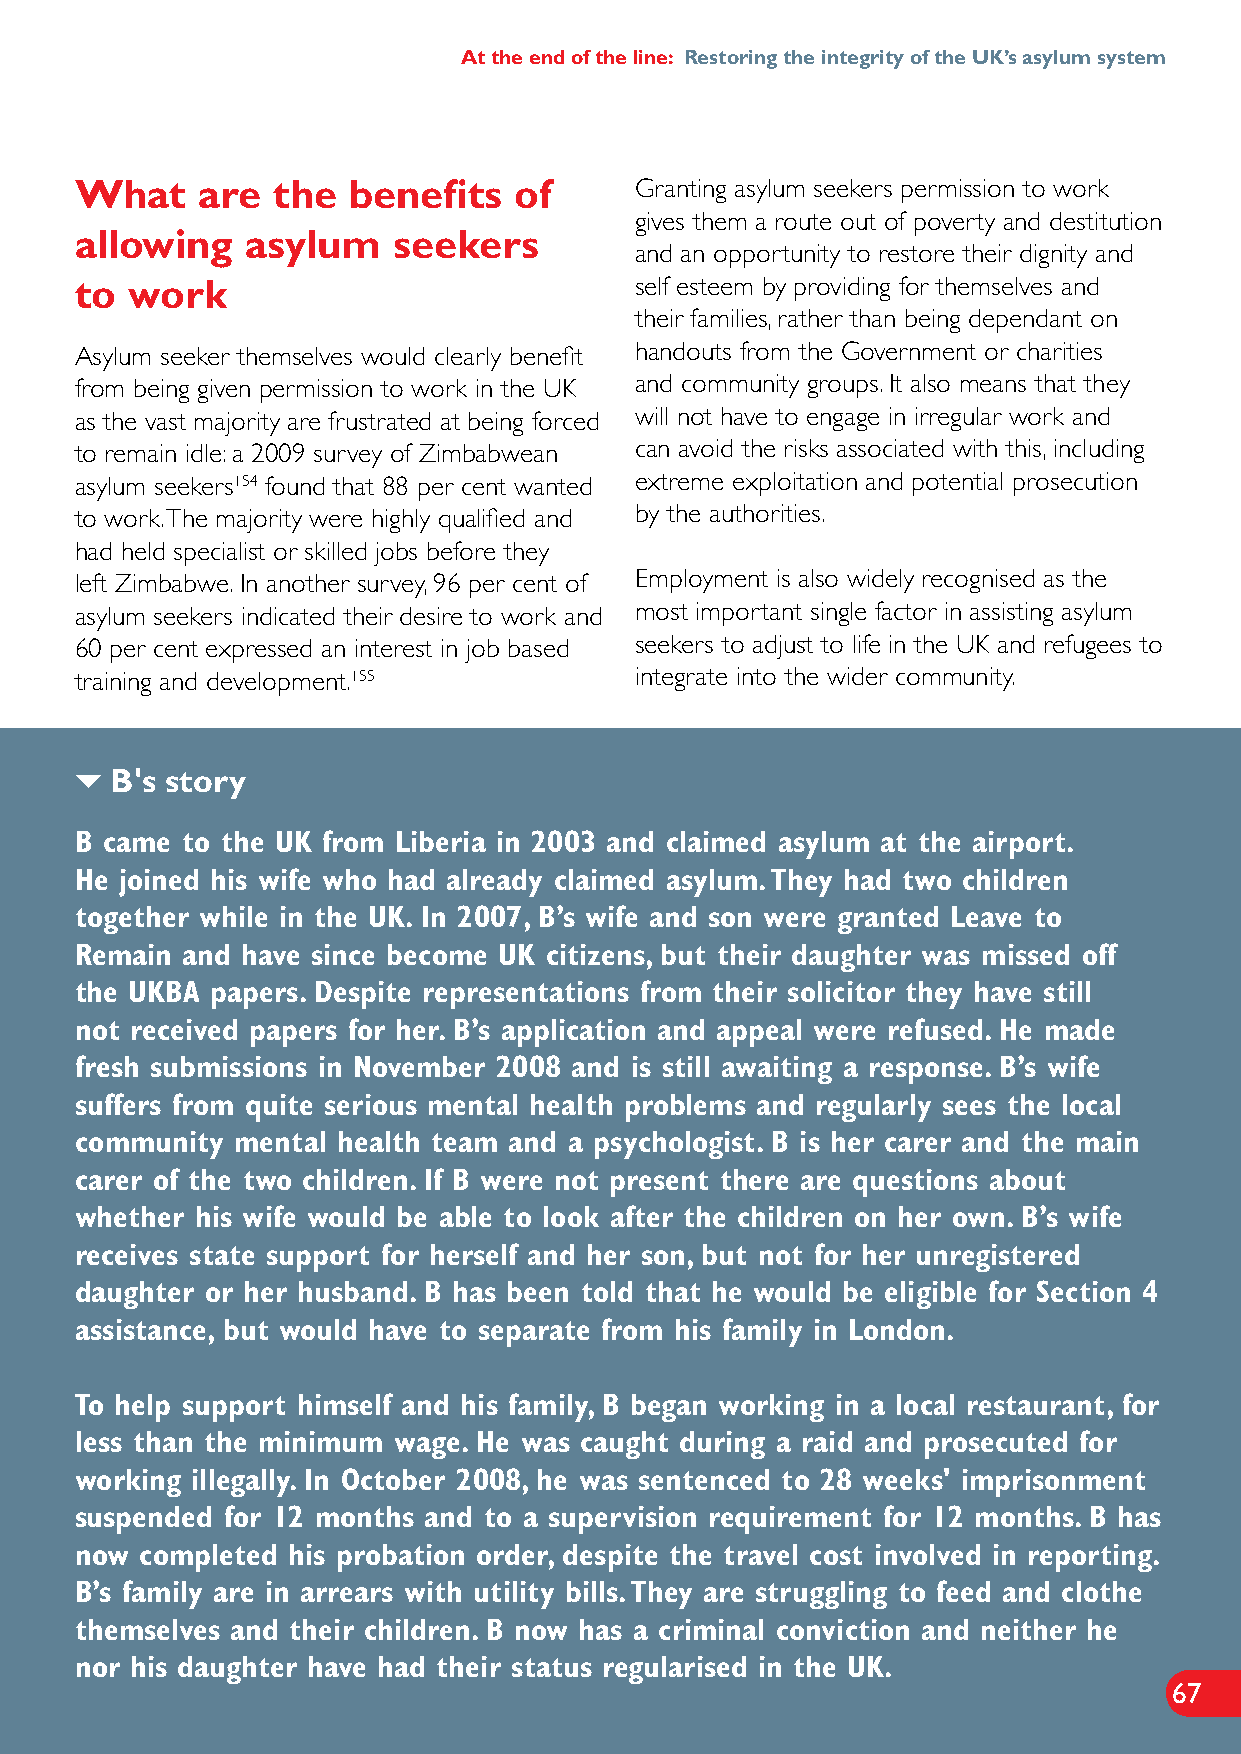
At the end of the line: Restoring the integrity of the UK’s asylum system
 What    are  the  benefits   of      Granting asylum seekers permission to work
 gives them a route out of poverty and destitution
 allowing   asylum    seekers
 and an opportunity to restore their dignity and
 to work                              self esteem by providing for themselves and
 their families, rather than being dependant on
 Asylum seeker themselves would clearly benefit handouts from the Government or charities
 from being given permission to work in the UK and community groups. It also means that they
 as the vast majority are frustrated at being forced will not have to engage in irregular work and
 to remain idle: a 2009 survey of Zimbabwean can avoid the risks associated with this, including
 asylum seekers154 found that 88 per cent wanted extreme exploitation and potential prosecution
 to work. The majority were highly qualified and by the authorities.
 had held specialist or skilled jobs before they
 left Zimbabwe. In another survey, 96 per cent of Employment is also widely recognised as the
 asylum seekers indicated their desire to work and most important single factor in assisting asylum
 60 per cent expressed an interest in job based seekers to adjust to life in the UK and refugees to
 training and development.155         integrate into the wider community.
 
 B's story
 B came to the UK from Liberia in 2003 and claimed asylum at the airport.
 He joined his wife who had already claimed asylum. They had two children
 together while in the UK. In 2007, B’s wife and son were granted Leave to
 Remain and have since become UK citizens, but their daughter was missed off
 the UKBA papers. Despite representations from their solicitor they have still
 not received papers for her. B’s application and appeal were refused. He made
 fresh submissions in November 2008 and is still awaiting a response. B’s wife
 suffers from quite serious mental health problems and regularly sees the local
 community  mental health team and a psychologist. B is her carer and the main
 carer of the two children. If B were not present there are questions about
 whether his wife would be able to look after the children on her own. B’s wife
 receives state support for herself and her son, but not for her unregistered
 daughter or her husband. B has been told that he would be eligible for Section 4
 assistance, but would have to separate from his family in London.
 To help support himself and his family, B began working in a local restaurant, for
 less than the minimum wage. He was caught during a raid and prosecuted for
 working illegally. In October 2008, he was sentenced to 28 weeks' imprisonment
 suspended for 12 months and to a supervision requirement for 12 months. B has
 now completed his probation order, despite the travel cost involved in reporting.
 B’s family are in arrears with utility bills. They are struggling to feed and clothe
 themselves and their children. B now has a criminal conviction and neither he
 nor his daughter have had their status regularised in the UK.
 67